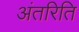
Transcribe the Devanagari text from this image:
अंतरिति